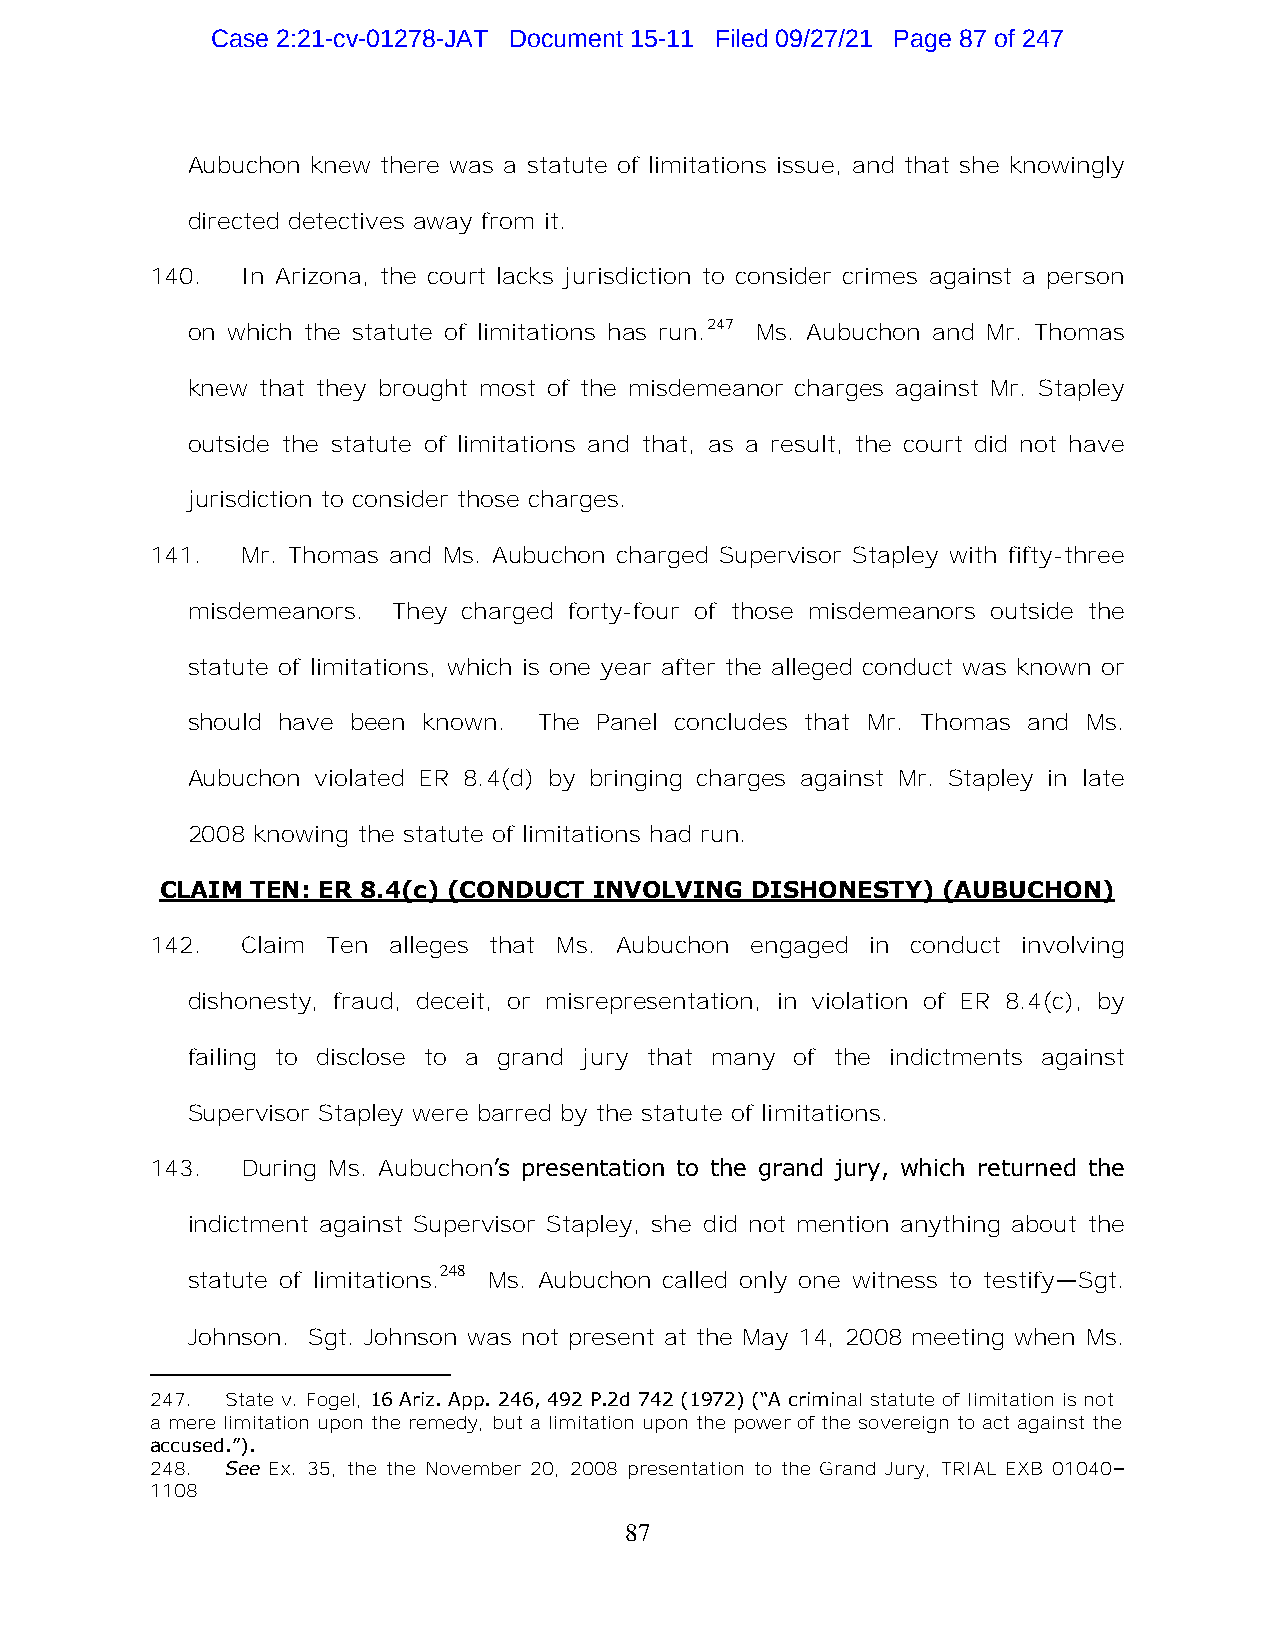
Case 2:21-cv-01278-JAT Document 15-11 Filed 09/27/21 Page 87 of 247
 Aubuchon knew there was a statute of limitations issue, and that she knowingly
 directed detectives away from it.
 140.  In Arizona, the court lacks jurisdiction to consider crimes against a person
 on which the statute of limitations has run.247 Ms. Aubuchon and Mr. Thomas
 knew that they brought most of the misdemeanor charges against Mr. Stapley
 outside the statute of limitations and that, as a result, the court did not have
 jurisdiction to consider those charges.
 141.  Mr. Thomas and Ms. Aubuchon charged Supervisor Stapley with fifty-three
 misdemeanors. They charged forty-four of those misdemeanors outside the
 statute of limitations, which is one year after the alleged conduct was known or
 should have been known. The Panel concludes that Mr. Thomas and Ms.
 Aubuchon violated ER 8.4(d) by bringing charges against Mr. Stapley in late
 2008 knowing the statute of limitations had run.
 CLAIM TEN: ER 8.4(c) (CONDUCT INVOLVING DISHONESTY) (AUBUCHON)
 142.  Claim Ten alleges that Ms. Aubuchon engaged in conduct involving
 dishonesty, fraud, deceit, or misrepresentation, in violation of ER 8.4(c), by
 failing to disclose to a grand jury that many of the indictments against
 Supervisor Stapley were barred by the statute of limitations.
 143.  During Ms. Aubuchon’s presentation to the grand jury, which returned the
 indictment against Supervisor Stapley, she did not mention anything about the
 248
 statute of limitations. Ms. Aubuchon called only one witness to testify—Sgt.
 Johnson. Sgt. Johnson was not present at the May 14, 2008 meeting when Ms.
 247. State v. Fogel, 16 Ariz. App. 246, 492 P.2d 742 (1972) (“A criminal statute of limitation is not
 a mere limitation upon the remedy, but a limitation upon the power of the sovereign to act against the
 accused.”).
 248. See Ex. 35, the the November 20, 2008 presentation to the Grand Jury, TRIAL EXB 01040–
 1108
 87